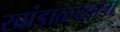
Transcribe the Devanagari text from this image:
खांडाळ्याला